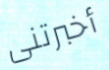
أخبرتنى